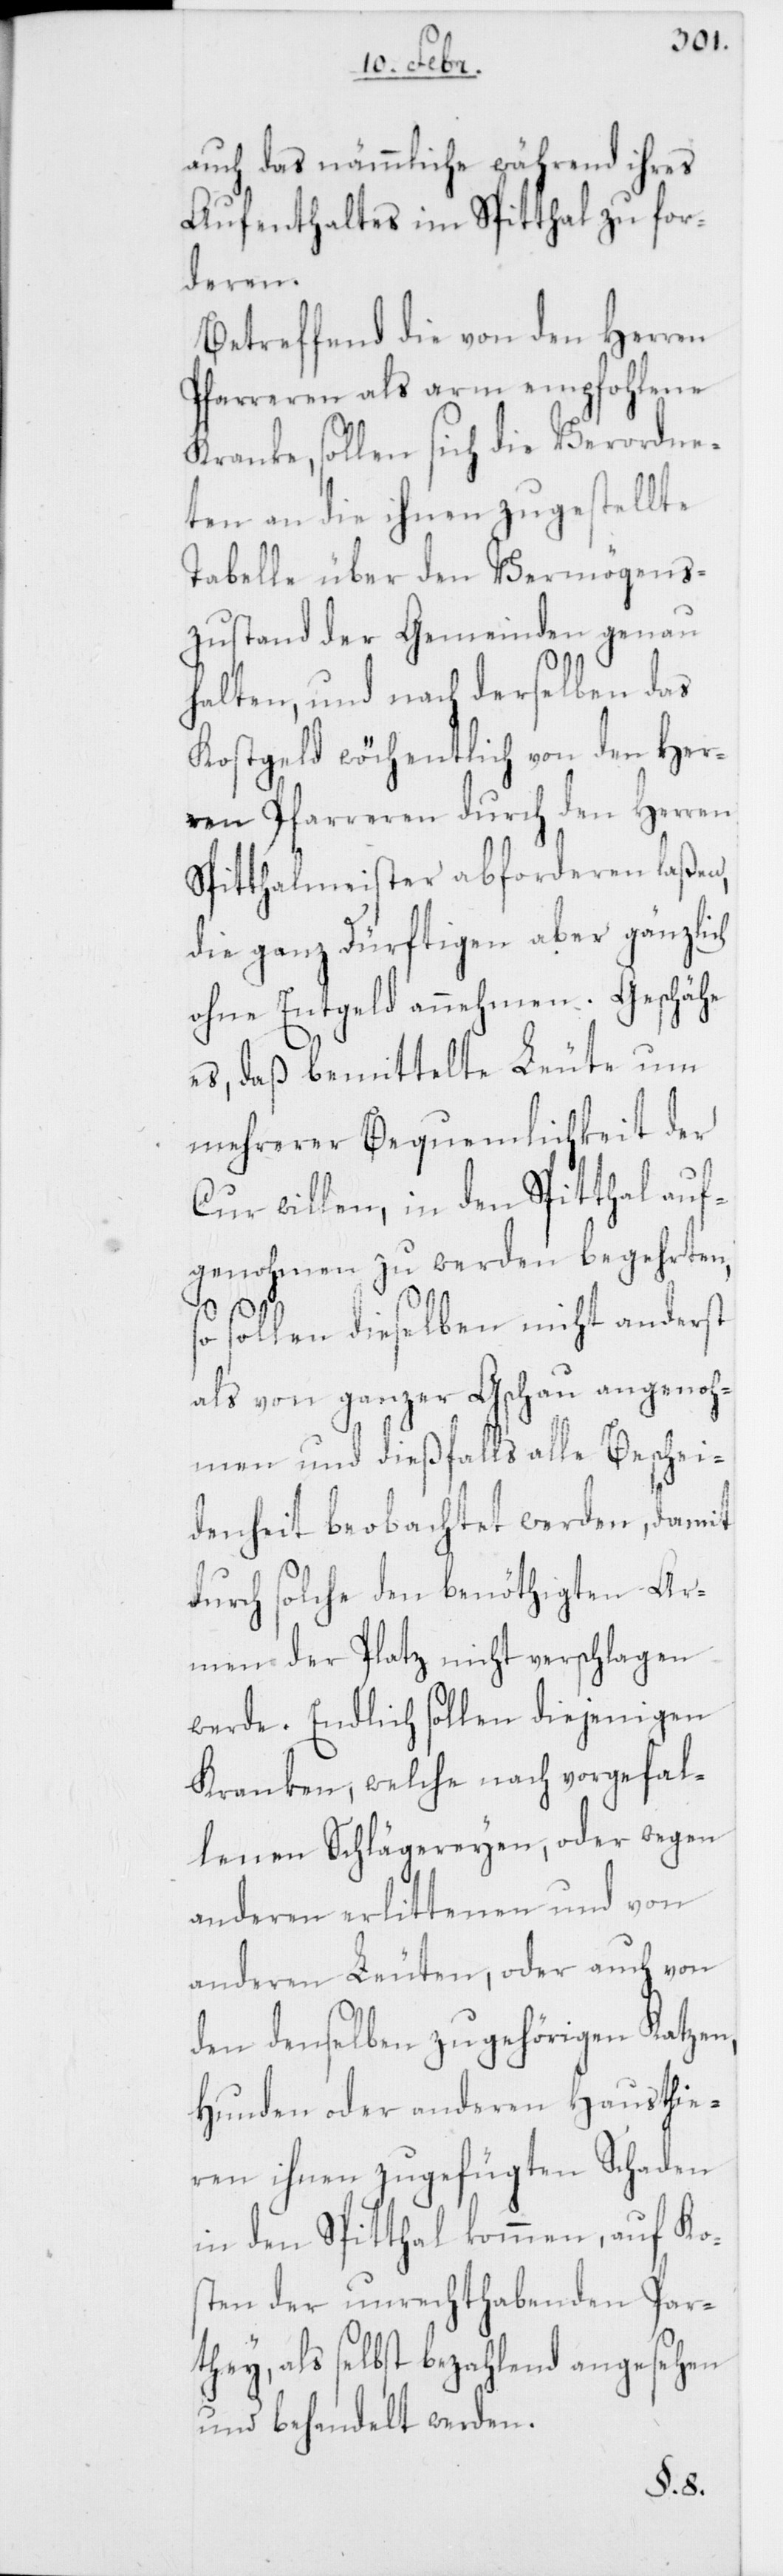
auch das nämmliche während ihres
Aufenthaltes im Spitthal zu for¬
deren.
Betreffend die von den Herren
Pfarreren als arm empfohlene
Kranke, sollen sich die Verordne¬
ten an die ihnen zugestellte
Tabelle über den Vermögens¬
zustand der Gemeinden genau
den
halten, und nach derselben das
Kostgeld wöchentlich von den Her¬
ren Pfarreren durch den Herren
Spitthalmeister abforderen laßen,
die ganz Dürftigen aber gänzlich
ohne Entgeld annehmen. Geschähe
es, daß bemittelte Leute um
mehrerer Bequemlichkeit der
Cur willen, in den Spitthal auf¬
genohmen zu werden begehrten,
sollen dieselben nicht anderst
als von ganzer Gschau angenoh¬
men und dießfalls alle Beschei¬
denheit beobachtet werden, damit
durch solche den benöthigten Ar¬
men der Platz nicht verschlagen
werde. Endlich sollen diejenigen
Kranken, welche nach vorgefal¬
lenen Schlägereyen, oder wegen
anderen erlittenen und von
anderen Leuten, oder auch von
den denselben zugehörigen Katzen,
Hunden oder anderen Hausthie¬
ren ihnen zugefügten Scha¬
in den Spitthal kommen, auf Kos¬
ten der unrechthabenden Par¬
they, als selbst bezahlend angesehen
und behandelt werden.